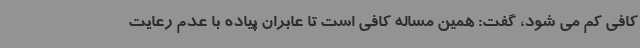
کافی کم می شود، گفت: همین مساله کافی است تا عابران پیاده با عدم رعایت